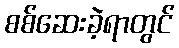
စစ်ဆေးခဲ့ရာတွင်